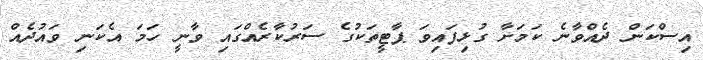
އިސްކަން ދެއްވާނެ ކަމަށާ ގުޅިފައިވަ ޕާޓީތަކުގެ ސަރުކާރެއްގައި ވާނީ ހަމަ އެކަނި ވައުދެއް